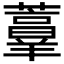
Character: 𰲏